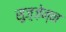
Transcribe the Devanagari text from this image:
सुज़्ज़ेन्न